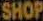
SHOP